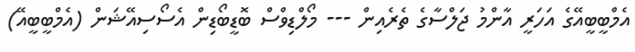
އެމްބީބީއޭގެ އަހަރީ އާންމު ޖަލްސާގެ ތެރެއިން --- މޯލްޑިވްސް ބޮޑީބޯޑިން އެސޯސިއޭޝަން (އެމްބީބީއޭ)